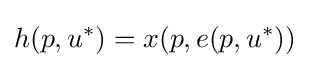
h(p,u^{*})=x(p,e(p,u^{*}))